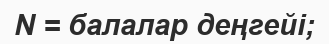
N = балалар деңгейі;